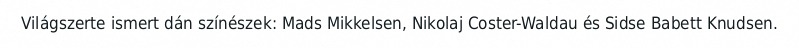
Világszerte ismert dán színészek: Mads Mikkelsen, Nikolaj Coster-Waldau és Sidse Babett Knudsen.